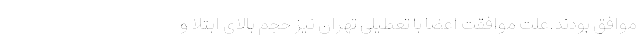
موافق بودند.علت موافقت اعضا با تعطیلی تهران نیز حجم بالای ابتلا و